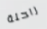
راحلة